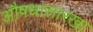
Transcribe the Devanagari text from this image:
औषधासारखा